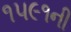
૧૫૯૧ની